Medical and sanitary report of the native army of Madras for the year
Year: 1876
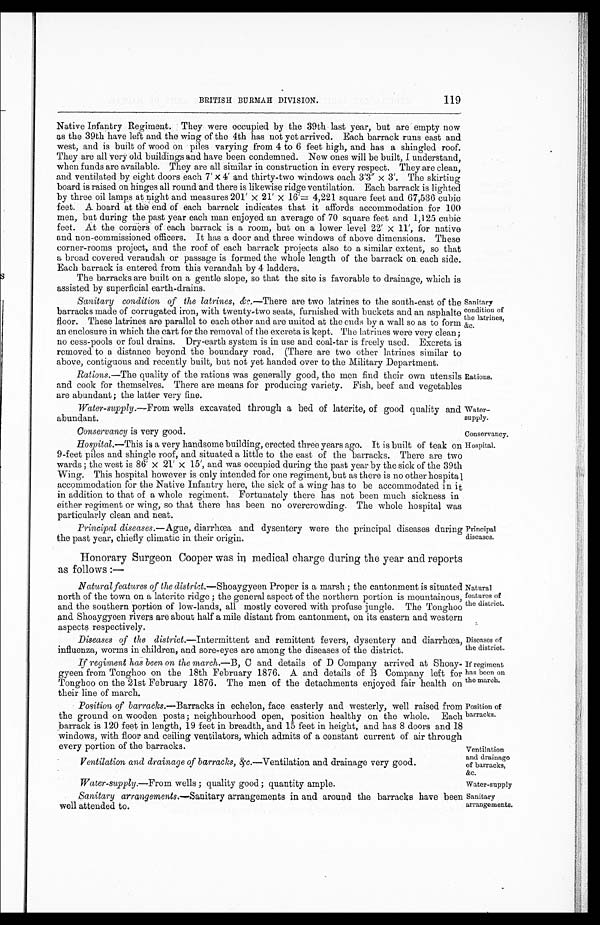
Conservancy is very good.
Conservancy.
Water-supply
Sanitary
arrangements.
119
BRITISH BURMAH DIVISION.
Native Infantry Regiment. They were occupied by the 39th last year, but are empty now
as the 39th have left and the wing of the 4th has not yet arrived. Each barrack runs east and
west, and is built of wood on piles varying from 4 to 6 feet high, and has a shingled roof.
They are all very old buildings and have been condemned. New ones will be built, I understand,
when funds are available. They are all similar in construction in every respect. They are clean,
and ventilated by eight doers each 7' x 4' and thirty-two windows each 3'3" x 3'. The skirting
board is raised on hinges all round and there is likewise ridge ventilation. Each barrack is lighted
by three oil lamps at night and measures 201' x 21' x 16'= 4,221 square feet and 67,536 cubic
feet. A board at the end of each barrack indicates. that it affords accommodation for 100
men, but during the past year each man enjoyed an average of 70 square feet and 1,125 cubic
feet. At the corners of each barrack is a room, but on a lower level 22' x 11', for native
and non-commissioned officers. It has a door and three windows of above dimensions. These
corner-rooms project, and the roof of each barrack projects also to a similar extent, so that
a broad covered verandah or passage is formed the whole length of the barrack on. each side.
Each barrack is entered from this verandah by 4 ladders.
The barracks are built on a gentle slope, so that the site is favorable to drainage, which is
assisted by superficial earth-drains.
Sanitary condition of the latrines, &c.— There are two latrines to the south-east of the
barracks made of corrugated iron, with twenty-two seats, furnished with buckets and an asphalte
floor. These latrines are parallel to each other and are united at the ends by a wall so as to form
an enclosure in which the cart for the removal of the excreta is kept. The latrines were very clean;
no cess-pools or foul drains. Dry-earth system is in use and coal-tar is freely used. Excreta is
removed to a distance beyond the boundary road. (There are two other latrines similar to
above, contiguous and recently built, but not yet handed over to the Military Department.
Rations.—The quality of the rations was generally good, the men find their own utensils
and cook for themselves. There are means for producing variety. Fish, beef and vegetables
are abundant: the latter very fine.
Water-supply.— From wells excavated through a bed of laterite, of good quality and
abundant.
Sanitary
condition of
the latrines,
&c.
Rations.
Water
-supply.
Hospital.—This is a very handsome building, erected three years ago. It is built of teak on
9-feet piles and shingle roof, and situated a little to the east of the barracks. There are two
wards; the west is 86' x 21' x 15', and was occupied during the past year by the sick of the 39th
Wing. This hospital however is only intended for one regiment, but as there is no other hospital
accommodation for the Native Infantry here, the sick of a wing has to be accommodated in it
in addition to that of a whole regiment. Fortunately there has not been much sickness in
either regiment or wing, so that there has been no overcrowding. The whole hospital was
particularly clean and neat.
Principal diseases.— Ague, diarrhœa and dysentery were the principal diseases during
the past year, chiefly climatic in their origin.
Honorary Surgeon Cooper was medical charge during the year and reports
as follows:—
Natural features of the district.— Shoaygyeen Proper is a marsh; the cantonment is situated
north of the town on a laterite ridge; the general aspect of the northern portion is mountainous,
and the southern portion of low-lands, all mostly covered with profuse jungle. The Tonghoo
and Shoaygyeen rivers are about half a mile distant from cantonment, on its eastern and western
aspects respectively.
Diseases of the district. —Intermittent and remittent fevers, dysentery and diarrhœa,
influenza, worms in children, and sore-eyes are among the diseases of the district.
If regiment has been on the march.—B, C and details of D Company arrived at Shoay
-gyeen from Tonghoo on the 18th February 1876. A and details of B Company left for
Tonghoo on the 21st February 1876. The men of the detachments enjoyed fair health on
their line of march.
Position of barracks.—Barracks in echelon, face easterly and westerly, well raised from
the ground on wooden posts; neighbourhood open, position healthy on the whole. Each
barrack is 120 feet in length, 19 feet in breadth, and 15 feet in height, and has 8 doors and 18
windows, with floor and ceiling ventilators, which admits of a constant current of air through
every portion of the barracks.
Ventilation and drainage of barracks, & c.—Ventilation and drainage very good.
Hospital.
Principal
diseases.
Natural
features of
the district.
Diseases of
the district.
If regiment
has been on
the march.
Position of
barracks.
Ventilation
and drainage
of barracks,
&c.
Water-supply.—From wells; quality good; quantity ample.
Sanitary arrangements.—Sanitary arrangements in and around the barracks have been
well attended to.